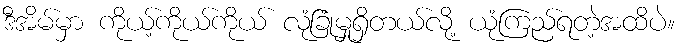
ဒီအိမ်မှာ ကိုယ့်ကိုယ်ကိုယ် လုံခြုံမှုရှိတယ်လို့ ယုံကြည်ရတဲ့အထိပဲ။